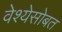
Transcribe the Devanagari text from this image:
वेश्येसोबत